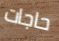
حاجات